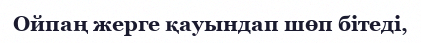
Ойпаң жерге қауындап шөп бітеді,